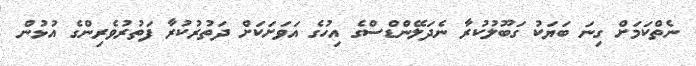
ނެތްކަމަށް ގިނަ ބަޔަކު ގަބޫލުކުރާ ނެދަލޭންޑްސްގެ އިހުގެ އަަވަށަކަށް ދަތުރުކުރާ ފަތުރުވެރިންގެ އުޅުން